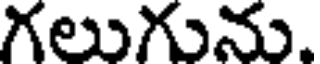
గలుగును.